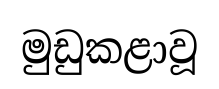
මුඩුකළාවූ